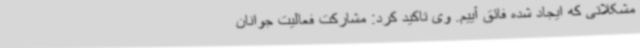
مشکلاتی که ایجاد شده فائق آییم. وی تاکید کرد: مشارکت فعالیت جوانان